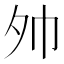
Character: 𪤷